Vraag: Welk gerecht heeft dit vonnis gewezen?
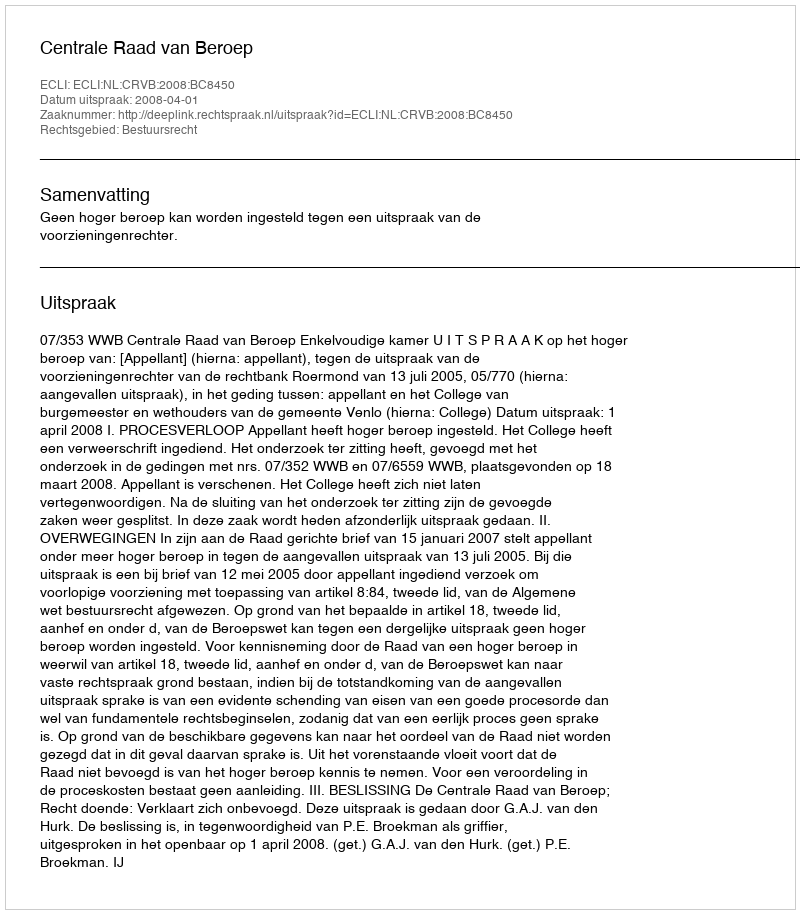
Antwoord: Centrale Raad van Beroep